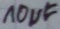
Text: 10µF